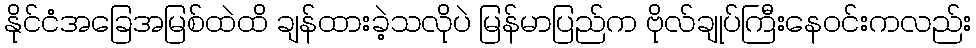
နိုင်ငံအခြေအမြစ်ထဲထိ ချန်ထားခဲ့သလိုပဲ မြန်မာပြည်က ဗိုလ်ချုပ်ကြီးနေဝင်းကလည်း